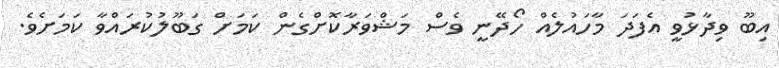
އިބޫ ވިދާޅުވީ އެފަދަ މާހައުލެއް ހޯދޭނީ ވެސް މަޝްވަރާކޮށްގެން ކަމަށް ގަބޫލުކުރައްވާ ކަމަށެވެ.